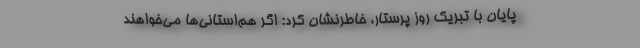
پایان با تبریک روز پرستار، خاطرنشان کرد: اگر هم‌استانی‌ها می‌خواهند